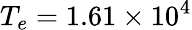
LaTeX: T_{e}=1.61\times 10^{4}